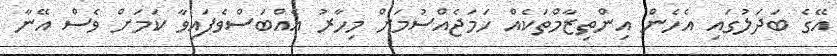
އޭގެ ބަދަލުގައި އެހެން އިންތިޒާމްތަކެއް ހަމަޖެއްސުމަށް މިހާރު އެއްބަސްވެފައިވާ ކަމަށް ވެސް އޭނާ